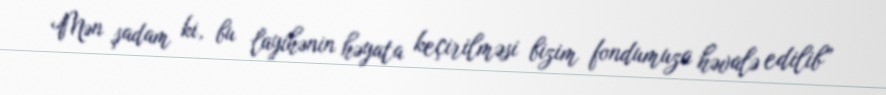
Mən şadam ki, bu layihənin həyata keçirilməsi bizim fondumuza həvalə edilib”